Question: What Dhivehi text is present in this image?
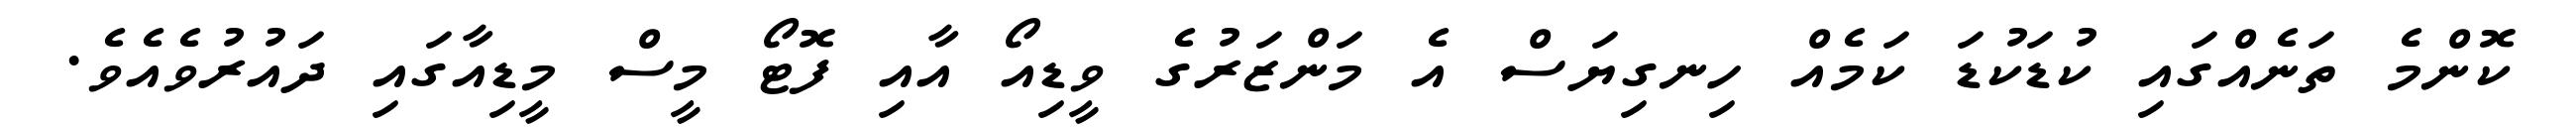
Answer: ކޮންމެ ތަނެއްގައި ކުޑަކުޑަ ކަމެއް ހިނގިޔަސް އެ މަންޒަރުގެ ވީޑިއޯ އާއި ފޮޓޯ މީސް މީޑިއާގައި ދައުރުވެއެވެ.